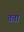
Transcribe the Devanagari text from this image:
तत्ता